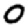
Digit: 0